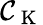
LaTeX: \mathcal{C_{\mathrm{~K~}}}